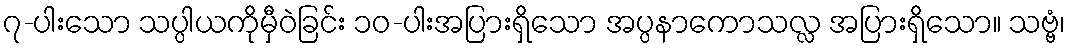
၇-ပါးသော သပ္ပါယကိုမှီဝဲခြင်း ၁၀-ပါးအပြားရှိသော အပ္ပနာကောသလ္လ အပြားရှိသော။ သဗ္ဗံ၊